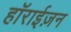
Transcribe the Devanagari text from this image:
हाॅराईज़न